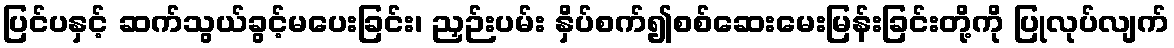
ပြင်ပနှင့် ဆက်သွယ်ခွင့်မပေးခြင်း၊ ညှဉ်းပမ်း နှိပ်စက်၍စစ်ဆေးမေးမြန်းခြင်းတို့ကို ပြုလုပ်လျက်